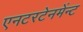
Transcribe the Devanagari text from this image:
एनटरटेनमेंन्ट